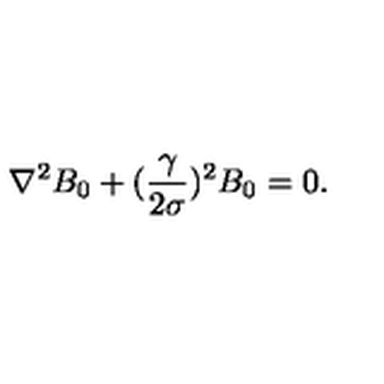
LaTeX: \nabla ^ { 2 } B _ { 0 } + ( { \frac { \gamma } { 2 \sigma } } ) ^ { 2 } B _ { 0 } = 0 .